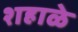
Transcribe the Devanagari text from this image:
शहाळे